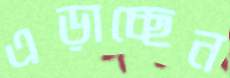
এড়াচ্ছেন